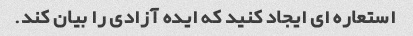
استعاره ای ایجاد کنید که ایده آزادی را بیان کند.